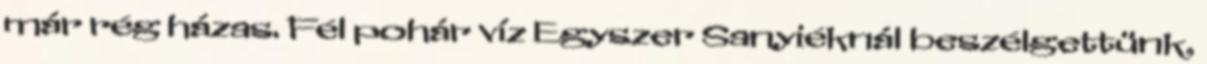
már rég házas. Fél pohár víz Egyszer Sanyiéknál beszélgettünk,